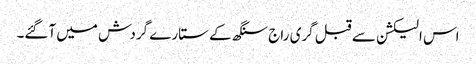
اس الیکشن سے قبل گری راج سنگھ کے ستارے گردش میں آگئے۔